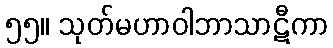
၅၅။ သုတ်မဟာဝါဘာသာဋီကာ